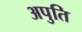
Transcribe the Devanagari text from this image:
अपुति